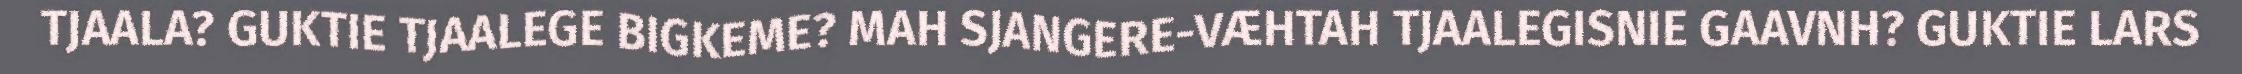
TJAALA? GUKTIE TJAALEGE BIGKEME? MAH SJANGERE-VÆHTAH TJAALEGISNIE GAAVNH? GUKTIE LARS